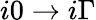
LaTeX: i0\to i\Gamma